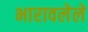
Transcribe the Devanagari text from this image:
भारावलेले